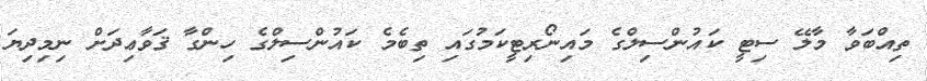
ތިއްބަވާ މާލޭ ސިޓީ ކައުންސިލްގެ މައިނޯރިޓީކަމުގައި ތިބެމެ ކައުންސިލްގެ ހިންގާ ޤަވާޢިދަށް ނިމިދިޔަ